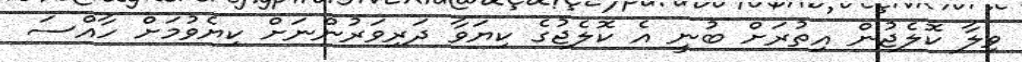
ވިލާ ކޮލެޖުން އިތުރަށް ބުނީ އެ ކޮލެޖުގެ ކިޔަވާ ދަރިވަރުންނަށް ކިޔެވުމަށް ހާއްސަ